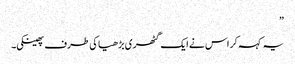
”
یہ کہہ کر اس نے ایک گٹھری بڑھیا کی طرف پھینکی۔